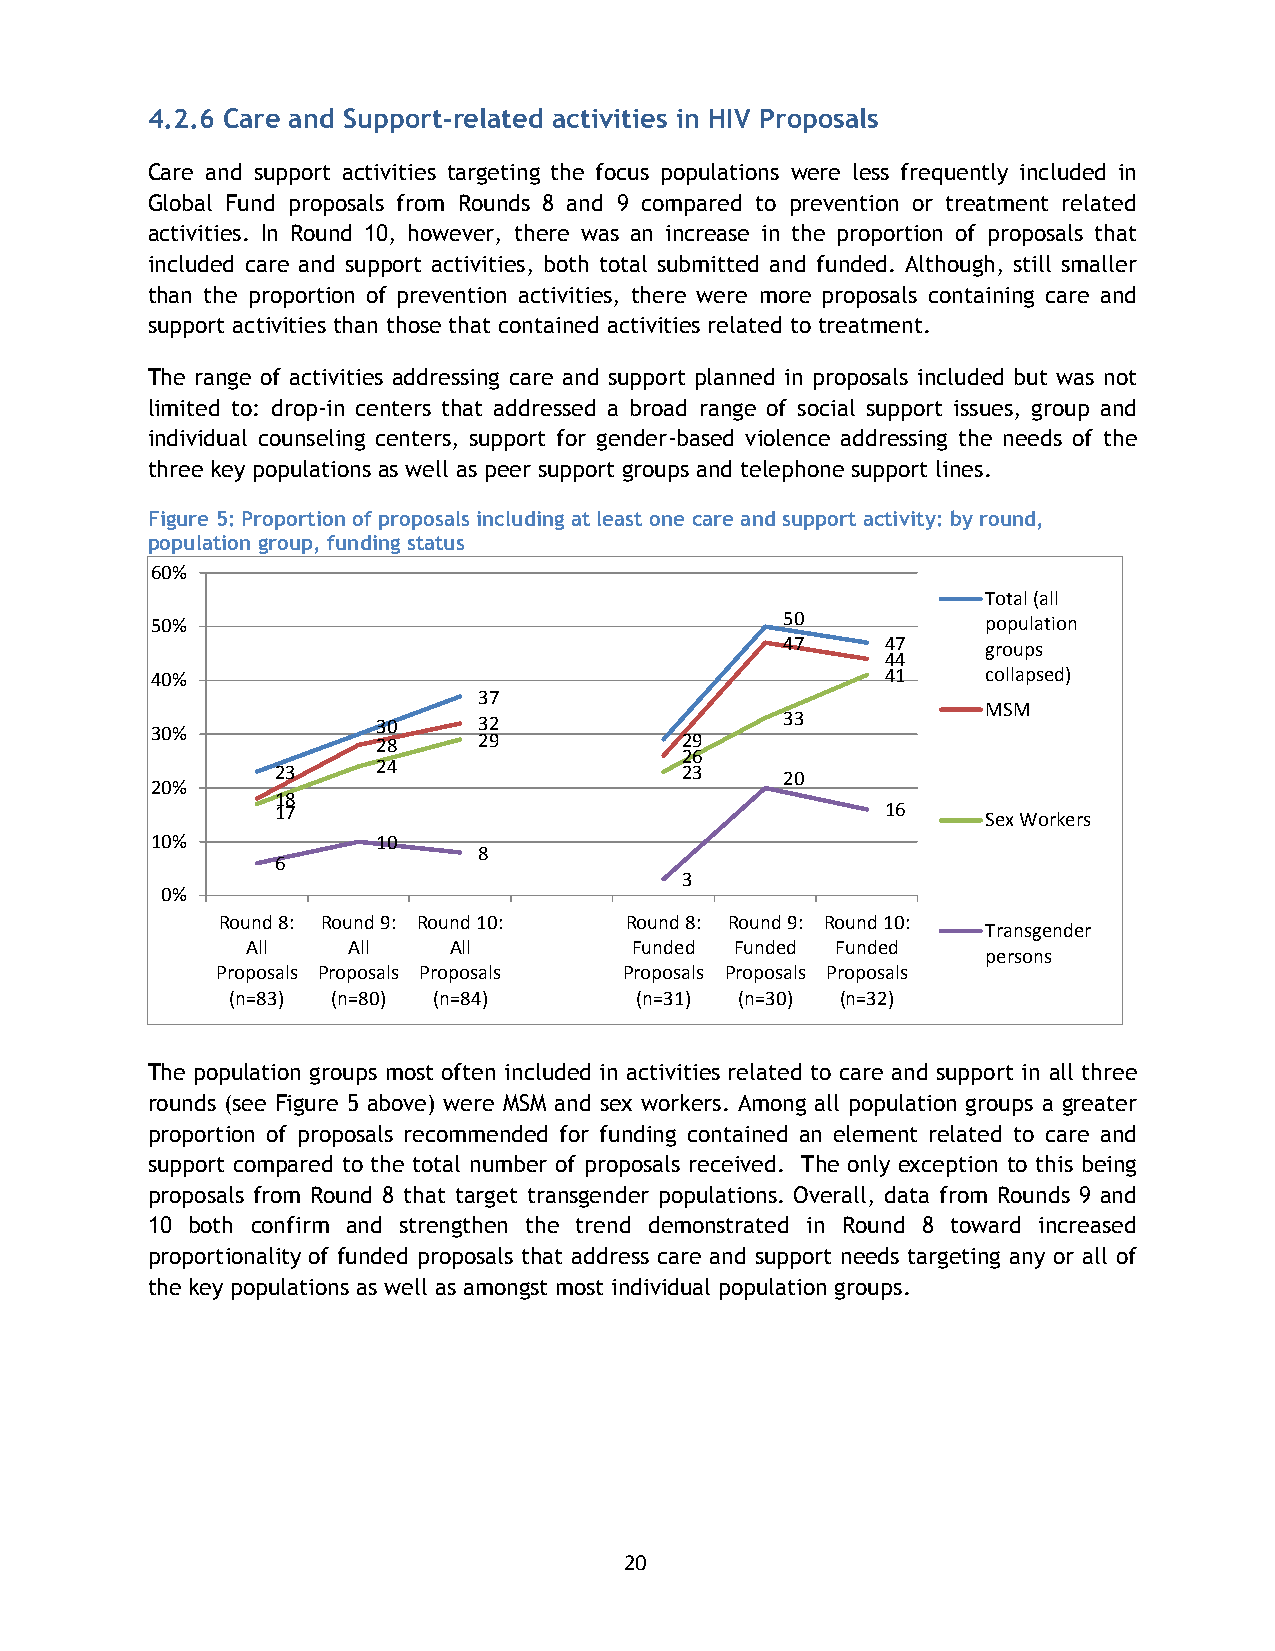
4.2.6 Care and Support-related activities in HIV Proposals
 Care and support activities targeting the focus populations were less frequently included in
 Global Fund proposals from Rounds 8 and 9 compared to prevention or treatment related
 activities. In Round 10, however, there was an increase in the proportion of proposals that
 included care and support activities, both total submitted and funded. Although, still smaller
 than the proportion of prevention activities, there were more proposals containing care and
 support activities than those that contained activities related to treatment.
 The range of activities addressing care and support planned in proposals included but was not
 limited to: drop-in centers that addressed a broad range of social support issues, group and
 individual counseling centers, support for gender-based violence addressing the needs of the
 three key populations as well as peer support groups and telephone support lines.
 Figure 5: Proportion of proposals including at least one care and support activity: by round,
 population group, funding status
 60%
 Total (all
 50%                                       50           population
 47     47    groups
 44
 40%                                              41    collapsed)
 37
 MSM
 30     32                  33
 30%
 28     29           29
 26
 23     24                  23     20
 20%
 18
 17                                       16
 Sex Workers
 10%            10
 8
 6
 3
 0%
 Round 8: Round 9: Round 10: Round 8: Round 9: Round 10:
 Transgender
 All    All    All         Funded Funded Funded
 persons
 Proposals Proposals Proposals Proposals Proposals Proposals
 (n=83) (n=80) (n=84)       (n=31) (n=30) (n=32)
 The population groups most often included in activities related to care and support in all three
 rounds (see Figure 5 above) were MSM and sex workers. Among all population groups a greater
 proportion of proposals recommended for funding contained an element related to care and
 support compared to the total number of proposals received. The only exception to this being
 proposals from Round 8 that target transgender populations. Overall, data from Rounds 9 and
 10 both confirm and strengthen the trend demonstrated in Round 8 toward increased
 proportionality of funded proposals that address care and support needs targeting any or all of
 the key populations as well as amongst most individual population groups.
 20